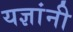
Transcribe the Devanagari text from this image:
यज्ञांनी